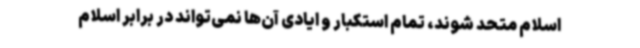
اسلام متحد شوند، تمام استکبار و ایادی آن‌ها نمی‌تواند در برابر اسلام